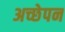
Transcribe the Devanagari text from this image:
अच्छेपन